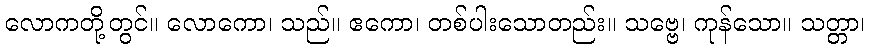
လောကတို့တွင်။ လောကော၊ သည်။ ဧကော၊ တစ်ပါးသောတည်း။ သဗ္ဗေ၊ ကုန်သော။ သတ္တာ၊